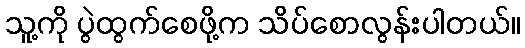
သူ့ကို ပွဲထွက်စေဖို့က သိပ်စောလွန်းပါတယ်။